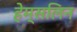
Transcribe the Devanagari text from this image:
हेम्सलिन